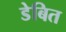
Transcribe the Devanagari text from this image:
डेबित